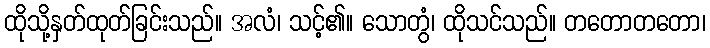
ထိုသို့နှတ်ထုတ်ခြင်းသည်။ အလံ၊ သင့်၏။ သောတွံ၊ ထိုသင်သည်။ တတောတတော၊